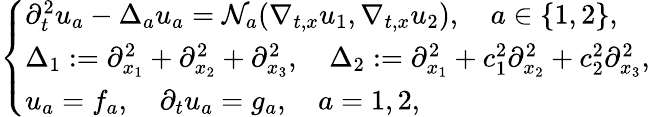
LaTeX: \left\{ \begin{array}{l}{\partial_{t}^{2}u_{a}-\Delta_{a}u_{a}=\mathcal{N}_{a}(\nabla_{t,x}u_{1},\nabla_{t,x}u_{2}),\quad a\in\{ 1,2\} ,}\\ {\Delta_{1}:=\partial_{x_{1}}^{2}+\partial_{x_{2}}^{2}+\partial_{x_{3}}^{2},\quad\Delta_{2}:=\partial_{x_{1}}^{2}+c_{1}^{2}\partial_{x_{2}}^{2}+c_{2}^{2}\partial_{x_{3}}^{2},}\\ {u_{a}=f_{a},\quad\partial_{t}u_{a}=g_{a},\quad a=1,2,}\end{array}\right.